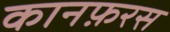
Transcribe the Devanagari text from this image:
कानफ़रस